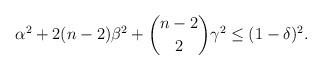
LaTeX: \begin{align*} \alpha^2 +2(n-2) \beta^2 + \binom{n-2}{2} \gamma^2 \le (1-\delta)^2 .\end{align*}